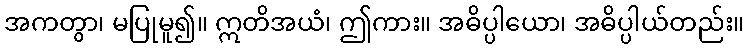
အကတွာ၊ မပြုမူ၍။ ဣတိအယံ၊ ဤကား။ အဓိပ္ပါယော၊ အဓိပ္ပါယ်တည်း။